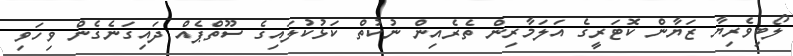
ލޯބިވެރިޔާ ޒަޔާން ކޮޓަރީގެ އަލަމާރިން ތެރެއިން ނުކުތް ކަޅުކުލައިގެ ސޫތްޕެއް ދައިގަނެގެން ވިހަވި